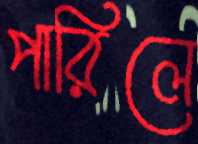
পারিলে